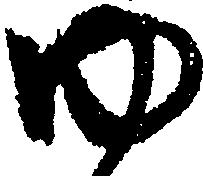
ゆ